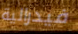
فيدرالية